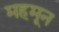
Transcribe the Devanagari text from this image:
महमून